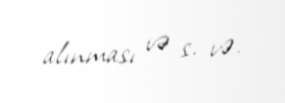
alınması və s. və.